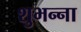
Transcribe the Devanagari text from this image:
शुभन्ना